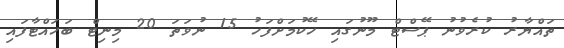
ތައްޔާރު ކުރެވުނު ޕޭސްޓް މޫނުގައި ހޭކުމަށްފަހު 15 ނުވަތަ 20 މިނިޓް ބަހައްޓާފައި